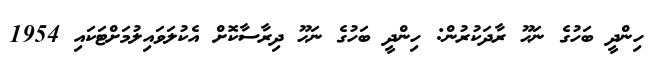
ހިންދީ ބަހުގެ ނަޙޫ ރާދަކުރުން: ހިންދީ ބަހުގެ ނަޙޫ ދިރާސާކޮށް އެކުލަވައިލުމަށްޓަކައި 1954